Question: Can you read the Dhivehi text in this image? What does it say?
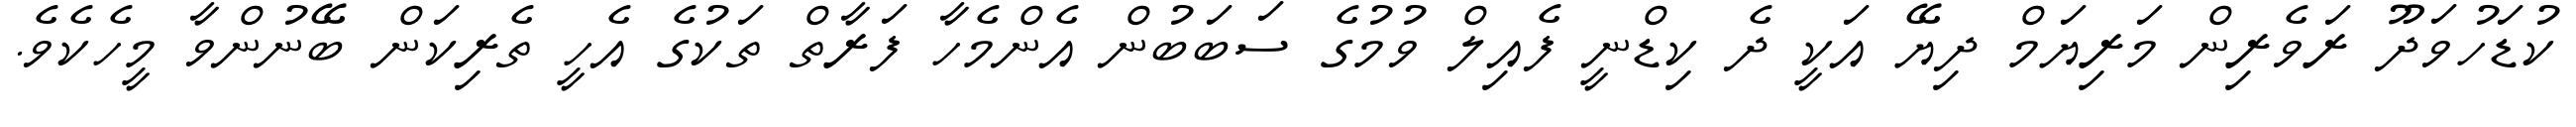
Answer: ކުޑަހުވަދޫ ރަވެރިން މަރިޔަމް ދިޔޭ އަކީ ދެ ކިޑްނީ ފެއިލް ވުމުގެ ސަބަބުން އެންމެހާ ފަރާތް ތަކުގެ އެހީ ތެރިކަން ބޭނުންވާ މީހެކެވެ.